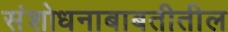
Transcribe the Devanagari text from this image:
संशोधनाबाबतीतील